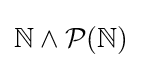
\mathbb {N} \land {\mathcal {P}}(\mathbb {N} )